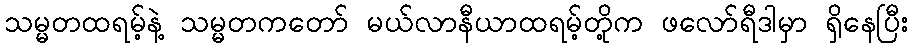
သမ္မတထရမ့်နဲ့ သမ္မတကတော် မယ်လာနီယာထရမ့်တို့က ဖလော်ရီဒါမှာ ရှိနေပြီး